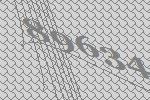
89634